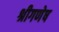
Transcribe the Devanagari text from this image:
श्रीगणेष